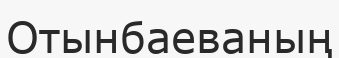
Отынбаеваның